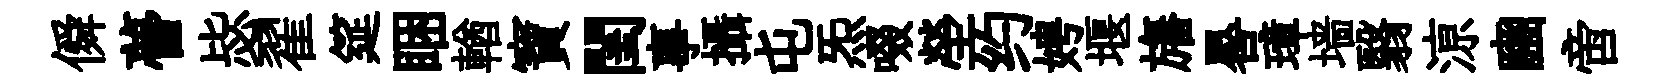
僢瞢毖翟筵睏輶寶閨事攝屯炁啜塋约娉堰旛晷璋墙翳鿌豳啻